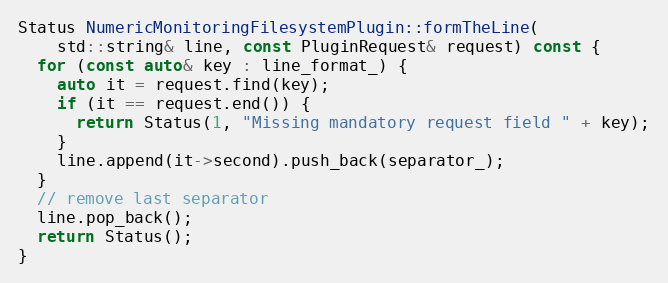
Language: C++
Status NumericMonitoringFilesystemPlugin::formTheLine(
    std::string& line, const PluginRequest& request) const {
  for (const auto& key : line_format_) {
    auto it = request.find(key);
    if (it == request.end()) {
      return Status(1, "Missing mandatory request field " + key);
    }
    line.append(it->second).push_back(separator_);
  }
  // remove last separator
  line.pop_back();
  return Status();
}